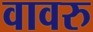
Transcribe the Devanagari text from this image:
वावरु